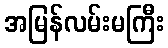
အမြန်လမ်းမကြီး